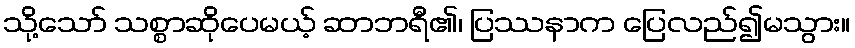
သို့သော် သစ္စာဆိုပေမယ့် ဆာဘရီ၏၊ ပြဿနာက ပြေလည်၍မသွား။